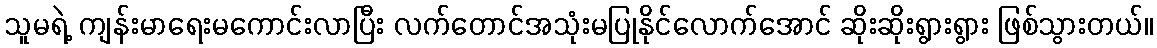
သူမရဲ့ ကျန်းမာရေးမကောင်းလာပြီး လက်တောင်အသုံးမပြုနိုင်လောက်အောင် ဆိုးဆိုးရွားရွား ဖြစ်သွားတယ်။